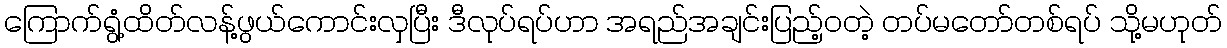
ကြောက်ရွံ့ထိတ်လန့်ဖွယ်ကောင်းလှပြီး ဒီလုပ်ရပ်ဟာ အရည်အချင်းပြည့်ဝတဲ့ တပ်မတော်တစ်ရပ် သို့မဟုတ်